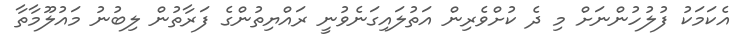
އެކަމަކު ފުލުހުންނަށް މި ދެ ކުށްވެރިން އަތުލައިގަނެވުނީ ރައްޔިތުންގެ ފަރާތުން ލިބުނު މައުލޫމާތާ